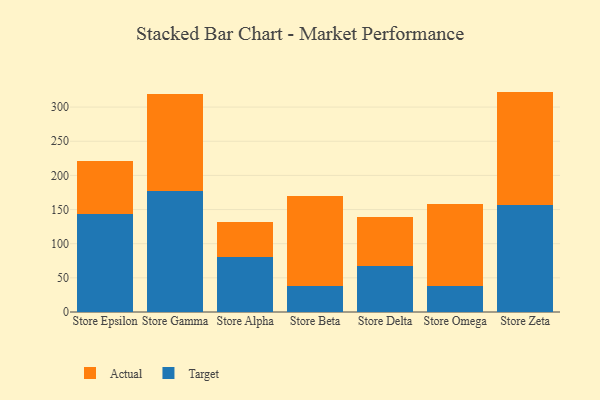
{"axis": {"x": "Store", "y": "Shipments"}, "legend": ["Actual", "Target"], "data": [{"x": "Store Epsilon", "y": 143.5, "type": "Target"}, {"x": "Store Epsilon", "y": 77.2, "type": "Actual"}, {"x": "Store Gamma", "y": 177.9, "type": "Target"}, {"x": "Store Gamma", "y": 141.1, "type": "Actual"}, {"x": "Store Alpha", "y": 81.1, "type": "Target"}, {"x": "Store Alpha", "y": 50.9, "type": "Actual"}, {"x": "Store Beta", "y": 38.7, "type": "Target"}, {"x": "Store Beta", "y": 130.9, "type": "Actual"}, {"x": "Store Delta", "y": 67.7, "type": "Target"}, {"x": "Store Delta", "y": 71.1, "type": "Actual"}, {"x": "Store Omega", "y": 37.5, "type": "Target"}, {"x": "Store Omega", "y": 120.5, "type": "Actual"}, {"x": "Store Zeta", "y": 157.4, "type": "Target"}, {"x": "Store Zeta", "y": 165.3, "type": "Actual"}]}